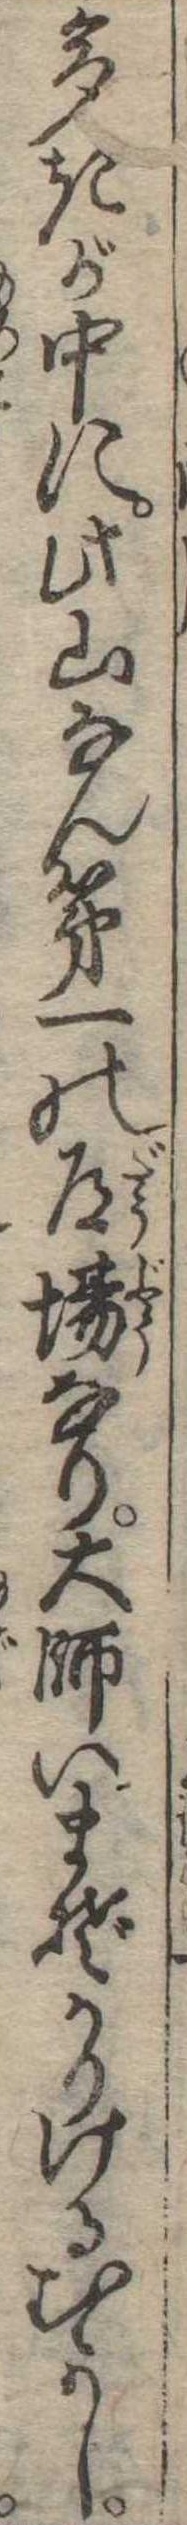
多きが中に此山なん第一の道場なり大師いまぞかりけるむかし